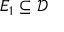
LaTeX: E _ { 1 } \subseteq { \mathcal { D } }